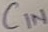
Text: CIN